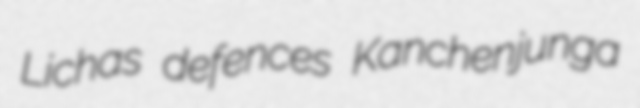
Lichas defences Kanchenjunga